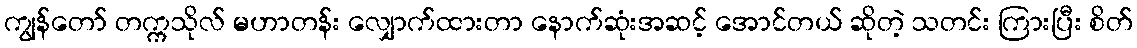
ကျွန်တော် တက္ကသိုလ် မဟာတန်း လျှောက်ထားတာ နောက်ဆုံးအဆင့် အောင်တယ် ဆိုတဲ့ သတင်း ကြားပြီး စိတ်